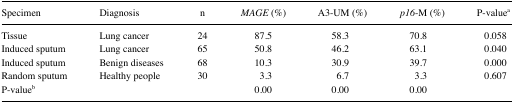
<table><thead><tr><td><b>Specimen</b></td><td><b>Diagnosis</b></td><td><b>n</b></td><td><b><i>MAGE</i> (%)</b></td><td><b>A3-UM (%)</b></td><td><b><i>p16</i>-M (%)</b></td><td><b>P-valuea</b></td></tr></thead><tbody><tr><td>Tissue</td><td>Lung cancer</td><td>24</td><td>87.5</td><td>58.3</td><td>70.8</td><td>0.058</td></tr><tr><td>Induced sputum</td><td>Lung cancer</td><td>65</td><td>50.8</td><td>46.2</td><td>63.1</td><td>0.040</td></tr><tr><td>Induced sputum</td><td>Benign diseases</td><td>68</td><td>10.3</td><td>30.9</td><td>39.7</td><td>0.000</td></tr><tr><td>Random sputum</td><td>Healthy people</td><td>30</td><td>3.3</td><td>6.7</td><td>3.3</td><td>0.607</td></tr><tr><td>P-valueb</td><td></td><td></td><td>0.00</td><td>0.00</td><td>0.00</td><td></td></tr></tbody></table>